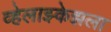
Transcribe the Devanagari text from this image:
व्हेलाझ्केझला